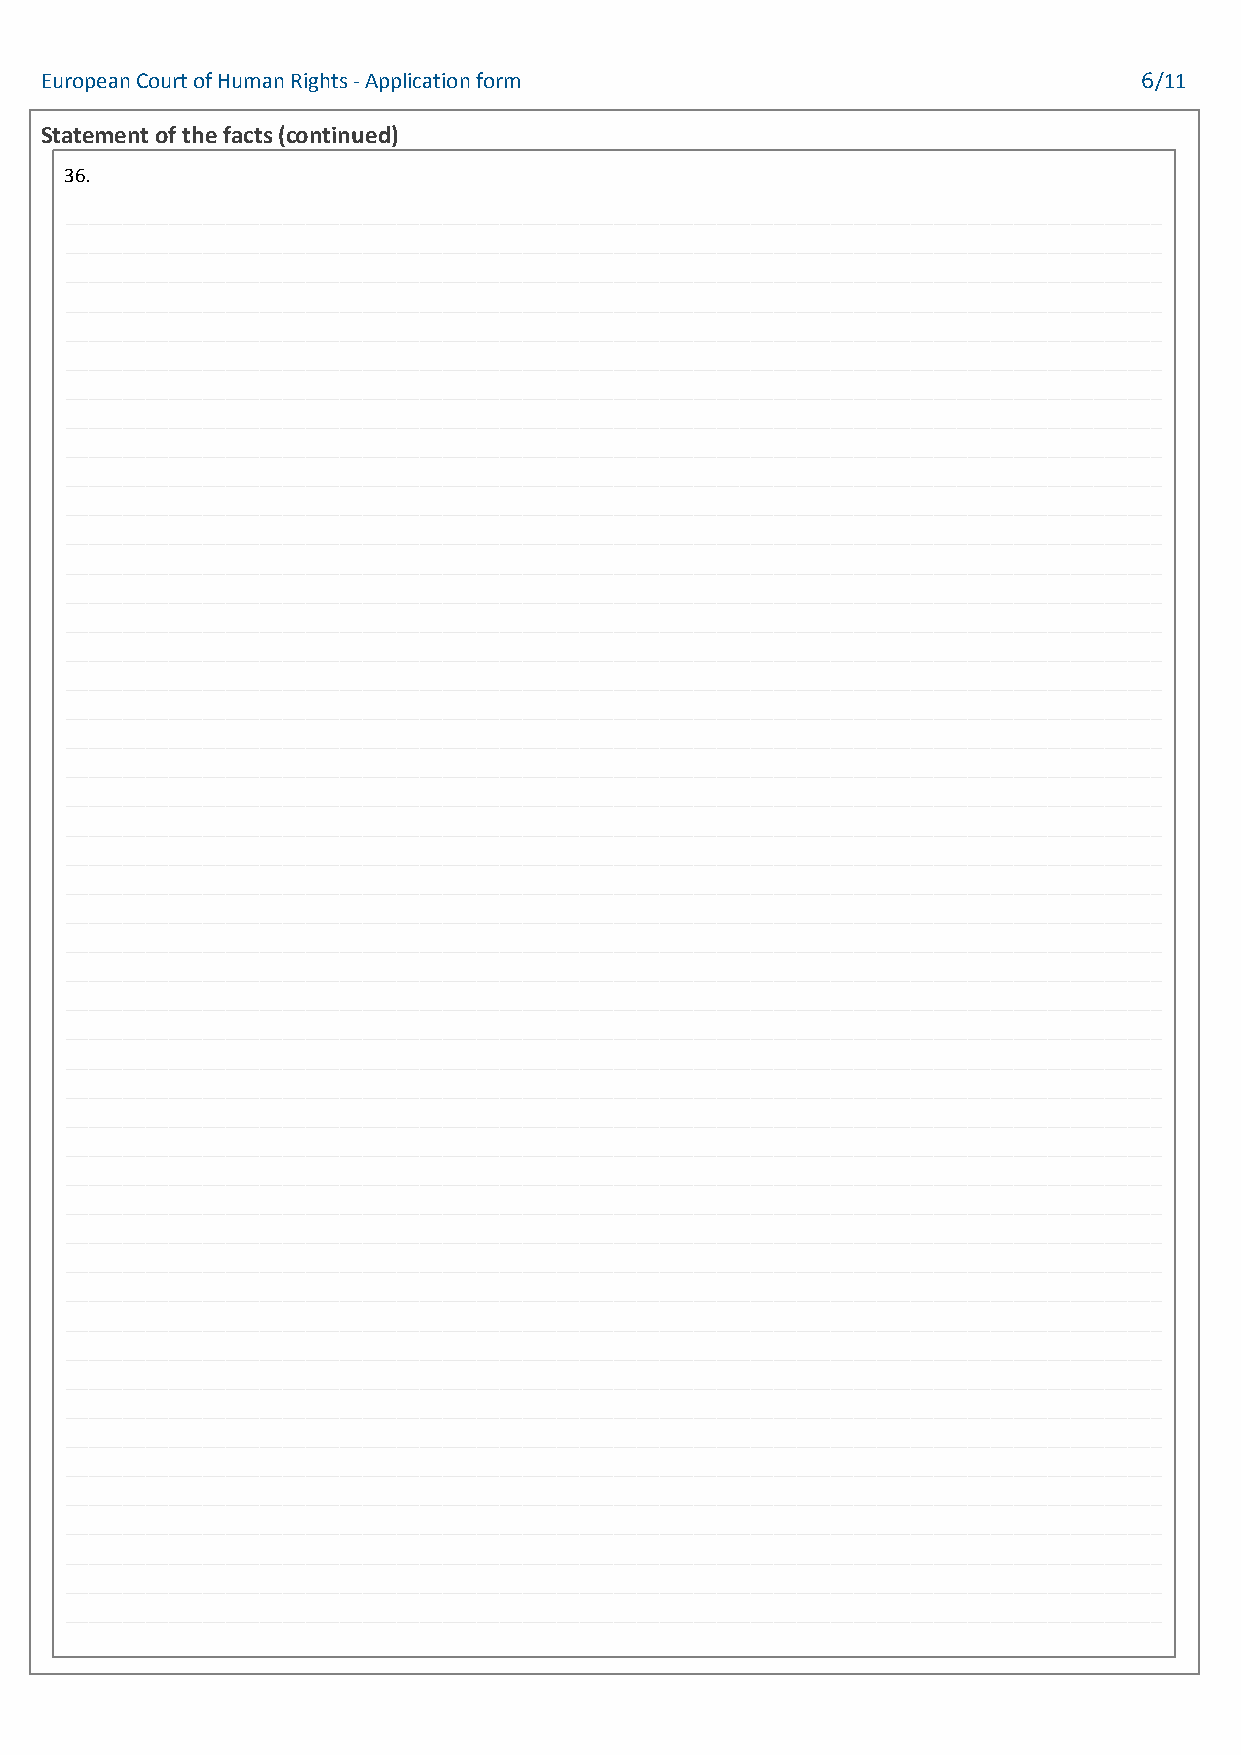
European Court of Human Rights - Application form                        6/11
 Statement of the facts (continued)
 36.
 ________________________________________________________________________________________________
 ________________________________________________________________________________________________
 ________________________________________________________________________________________________
 ________________________________________________________________________________________________
 ________________________________________________________________________________________________
 ________________________________________________________________________________________________
 ________________________________________________________________________________________________
 ________________________________________________________________________________________________
 ________________________________________________________________________________________________
 ________________________________________________________________________________________________
 ________________________________________________________________________________________________
 ________________________________________________________________________________________________
 ________________________________________________________________________________________________
 ________________________________________________________________________________________________
 ________________________________________________________________________________________________
 ________________________________________________________________________________________________
 ________________________________________________________________________________________________
 ________________________________________________________________________________________________
 ________________________________________________________________________________________________
 ________________________________________________________________________________________________
 ________________________________________________________________________________________________
 ________________________________________________________________________________________________
 ________________________________________________________________________________________________
 ________________________________________________________________________________________________
 ________________________________________________________________________________________________
 ________________________________________________________________________________________________
 ________________________________________________________________________________________________
 ________________________________________________________________________________________________
 ________________________________________________________________________________________________
 ________________________________________________________________________________________________
 ________________________________________________________________________________________________
 ________________________________________________________________________________________________
 ________________________________________________________________________________________________
 ________________________________________________________________________________________________
 ________________________________________________________________________________________________
 ________________________________________________________________________________________________
 ________________________________________________________________________________________________
 ________________________________________________________________________________________________
 ________________________________________________________________________________________________
 ________________________________________________________________________________________________
 ________________________________________________________________________________________________
 ________________________________________________________________________________________________
 ________________________________________________________________________________________________
 ________________________________________________________________________________________________
 ________________________________________________________________________________________________
 ________________________________________________________________________________________________
 ________________________________________________________________________________________________
 ________________________________________________________________________________________________
 ________________________________________________________________________________________________